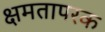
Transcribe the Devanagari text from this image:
क्षमतापरक